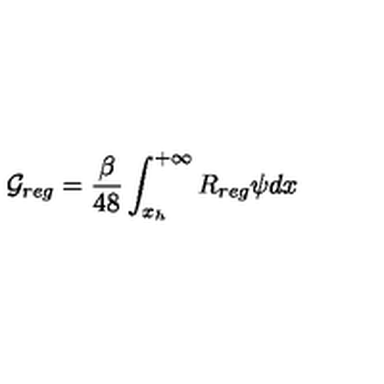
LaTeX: { \cal G } _ { r e g } = { \frac { \beta } { 4 8 } } \int _ { x _ { h } } ^ { + \infty } R _ { r e g } \psi d x